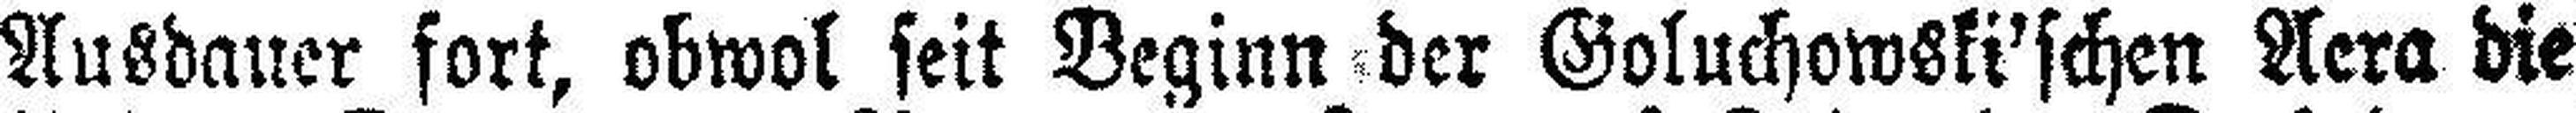
Ausdauer fort, obwol seit Beginn der Goluchowski'schen Aera die